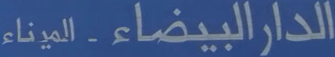
الميناء - البيضاء الدار